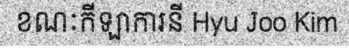
ខណៈកីឡាការនី Hyu Joo Kim